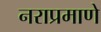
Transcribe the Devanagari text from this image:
नराप्रमाणे